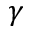
\gamma